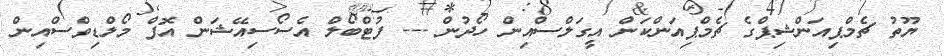
ޔޫތު ޗެމްޕިއަންޝިޕްގެ ޗެމްޕިއަންކަން އީގަލްސްއިން ހޯދުން --- ފުޓްބޯލް އެސޯސިއޭޝަން އޮފް މޯލްޑިވްސްއިން